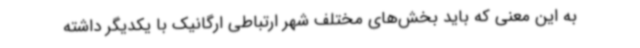
به این معنی که باید بخش‌های مختلف شهر ارتباطی ارگانیک با یکدیگر داشته